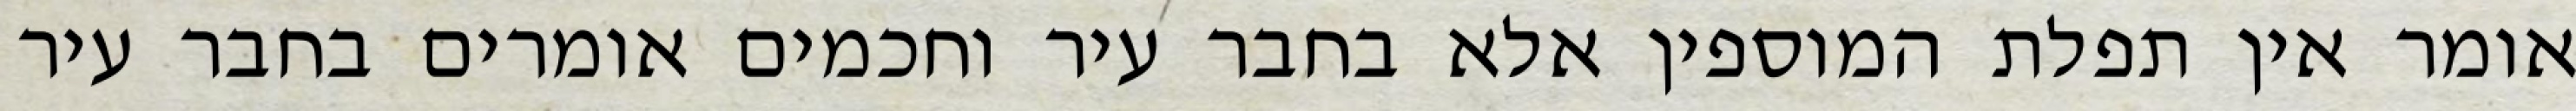
אומר אין תפלת המוספין אלא בחבר עיר וחכמים אומרים בחבר עיר